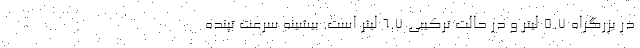
در بزرگراه 5.7 لیتر و در حالت ترکیبی 6.7 لیتر است. بیشینه سرعت تپنده